Report of the Indian Hemp Drugs Commission, 1894-1895 - Volume III
Year: 1894
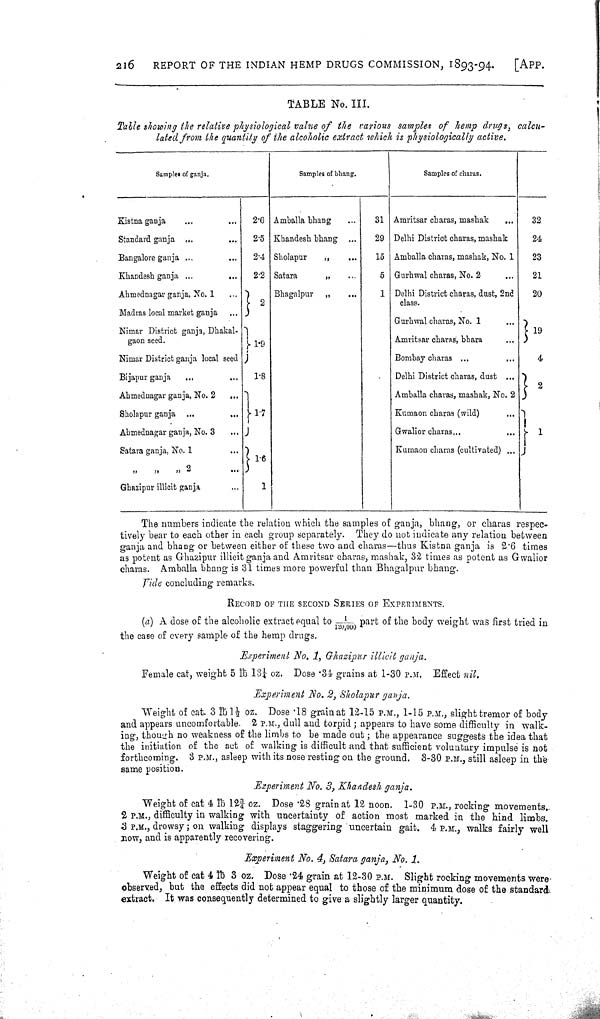
216
REPORT OF THE INDIAN HEMP DRUGS COMMISSION, 1893-94.
[APP.
TABLE No. III.
Table showing the relative physiological value of the various samples of hemp drugs, calcu-
lated from the quantity of the alcoholic extract which is physiologically active.
Sample. of ganja.
Samples of bhang.
Samples of charas.
Kistna ganja
2.6 Amballa bhang
31 Amritsar charas, mashak
32
Standard ganja
2.5 Khandesh bhang
29 Delhi District charas, mashak
24
Bangalore ganja
2.4 Sholapur
"
15 Amballa charas, mashak, No. 1
23
Khandesh ganja
2.2 Satara
"
5 Gurhwal charas, No. 2
21
Ahmednagar ganja, No. 1
2
Bhagalpur
"
1 Delhi District charas, dust, 2nd
class.
20
Madras local market ganja
Gurhwal charas, No. 1
Nimar District ganja, Dhakal-
gaon seed.
1.9
Amritsar charas, bhara
19
Nimar District ganja local seed
Bombay charas
4
Bijapur ganja
1.8
Delhi District charas, dust
2
Ahmednagar ganja, No. 2
Amballa charas, mashak. No. 2
2
Sholapur ganja
1.7
Kumaon charas (wild)
Ahmednagar ganja, No. 3
Gwalior charas
1
Satara ganja, No. 1
1.6
Kumaon charas (cultivated)
"
"
"
Ghazipur illicit ganja
1
The numbers indicate the relation which the samples of ganja, bhang, or charas respec-
tively bear to each other in each group separately. They do not indicate any relation between
ganja and bhang or between either of these two and charas—thus Kistna ganja is 2.6 times
as potent as Ghazipur illicit ganja and Amritsar charas, mashak, 32 times as potent as Gwalior
charas. Amballa bhang is 31 times more powerful than Bhagalpur bhang.
Vi de concluding remarks.
RECORD OF THE SECOND SERIES OF EXPERIMENTS.
(a) A dose of the alcoholic extract equal to 1/120,000 part of the body weight was first tried in
the case of every sample of the hemp drugs.
Experiment No. 1, Ghazipur illicit ganja.
Female cat, weight 5 lb 13 1/4 oz. Dose .34 grains at 1-30 P.M. Effect nil.
Experiment No. 2, Sholapur ganja.
Weight of cat. 3 lb 1 1/2 oz. Dose .18 grain at 12-15 P.M., 1-15 P.M., slight tremor of body
and appears uncomfortable. 2 P.M., dull and torpid; appears to have some difficulty in walk-
ing, though no weakness of the limbs to be made out; the appearance suggests the idea that
the initiation of the act of walking is difficult and that sufficient voluntary impulse is not
forthcoming. 3 P.M., asleep with its nose resting on the ground. 3-30 P.M., still asleep in the
same position.
Experiment No. 3, Khandesh ganja.
Weight of cat 4 lb 12 3/4 oz. Dose .28 grain at 12 noon. 1-30 P.M., rocking movements.
2 P.M., difficulty in walking with uncertainty of action most marked in the hind limbs.
3 P.M., drowsy; on walking displays staggering uncertain gait. 4 P.M., walks fairly well
now, and is apparently recovering.
Experiment No. 4, Satara ganja, No. 1.
Weight of cat 4 Ib 3 oz. Dose .24 grain at 12-30 P.M. Slight rocking movements were-
observed, but the effects did not appear equal to those of the minimum dose of the standards,
extract. It was consequently determined to give a slightly larger quantity.